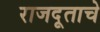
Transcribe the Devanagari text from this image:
राजदूताचे